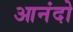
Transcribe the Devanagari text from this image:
आनंदो